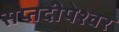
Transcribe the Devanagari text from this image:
सप्तदीपेश्वर